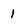
Character: 1